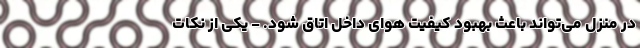
در منزل می‌تواند باعث بهبود کیفیت هوای داخل اتاق شود. - یکی از نکات